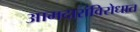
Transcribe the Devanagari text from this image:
आमदारांविरोधात